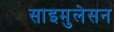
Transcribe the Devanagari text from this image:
साइमुलेसन